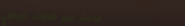
محلات بيع الأدوات الرياضي